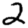
Digit: 2